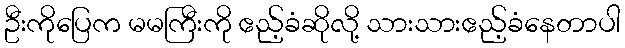
ဦးကိုပြေက မမကြီးကို ဧည့်ခံဆိုလို့ သားသားဧည့်ခံနေတာပါ